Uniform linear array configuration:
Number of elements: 16
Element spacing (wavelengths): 1
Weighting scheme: hann
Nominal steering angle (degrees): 0
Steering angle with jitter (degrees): -0.5044
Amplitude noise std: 0.05
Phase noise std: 0.05

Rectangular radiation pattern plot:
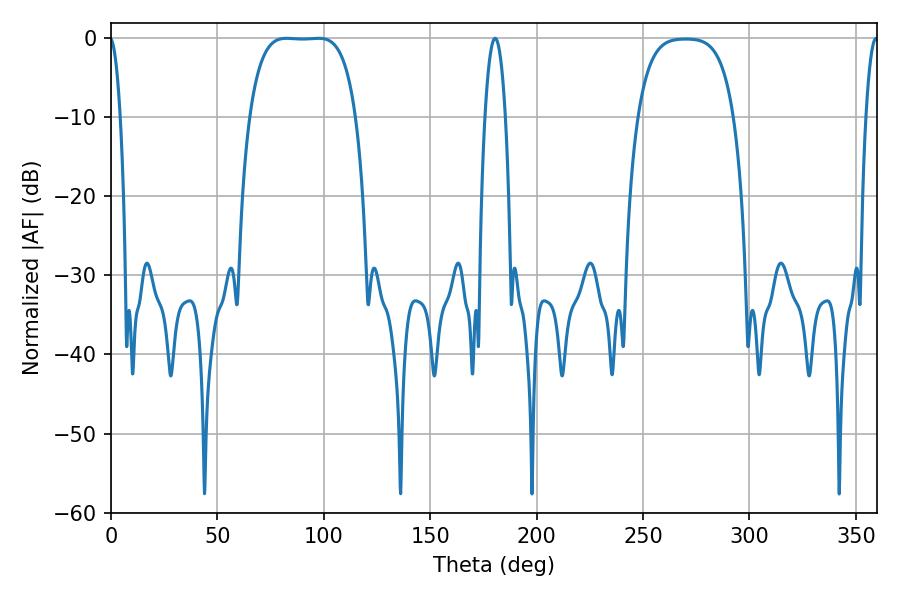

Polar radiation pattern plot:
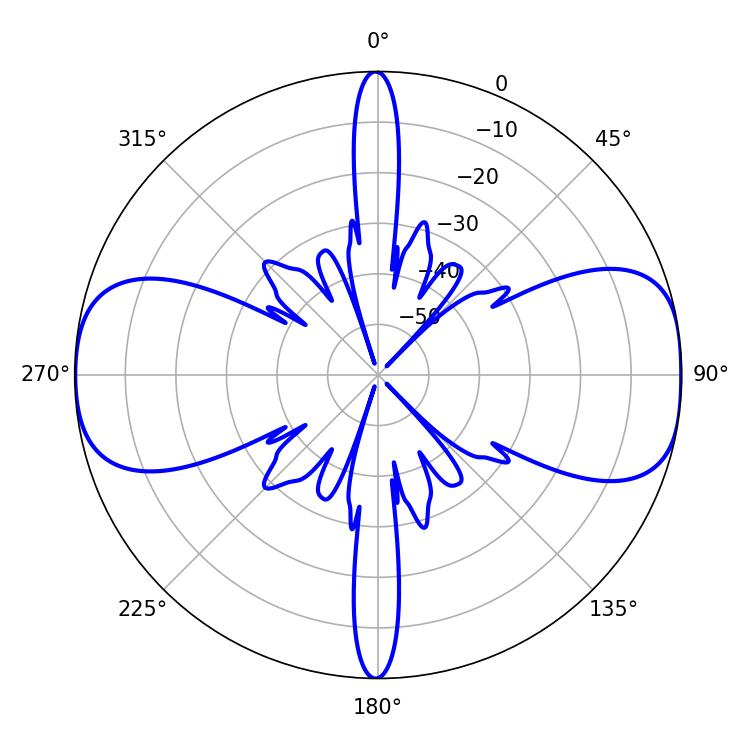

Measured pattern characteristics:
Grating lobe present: TRUE
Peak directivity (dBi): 12.344
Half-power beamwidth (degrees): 38.52
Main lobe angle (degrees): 82.44